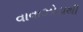
વાવાઝોડાથી